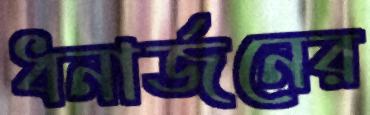
ধনার্জনের